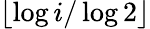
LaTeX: \lfloor\log i/\log 2\rfloor